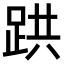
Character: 𫏇